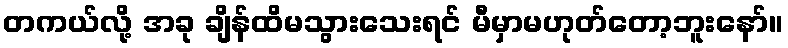
တကယ်လို့ အခု ချိန်ထိမသွားသေးရင် မီမှာမဟုတ်တော့ဘူးနော်။